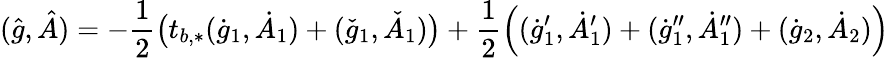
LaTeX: (\hat{g},\hat{A})=-\frac{1}{2}\big(t_{b,*}(\dot{g}_{1},\dot{A}_{1})+(\check{g}_{1},\check{A}_{1})\big)+\frac 12\Big((\dot{g}_{1}^{\prime},\dot{A}_{1}^{\prime})+(\dot{g}_{1}^{\prime\prime},\dot{A}_{1}^{\prime\prime})+(\dot{g}_{2},\dot{A}_{2})\Big)